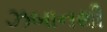
ઝબાનથી